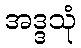
အဒ္ဒသုံ